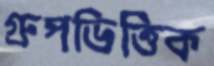
গ্রুপভিত্তিক